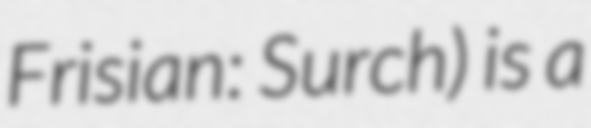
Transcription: Frisian: Surch) is a